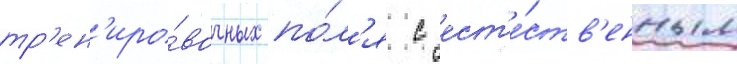
тр'ен'иро́вочных по́л'я с ест'е́ств'енным